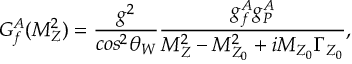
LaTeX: G _ { f } ^ { A } ( M _ { Z } ^ { 2 } ) = \frac { g ^ { 2 } } { c o s ^ { 2 } \theta _ { W } } \frac { g _ { f } ^ { A } g _ { \cal P } ^ { A } } { M _ { Z } ^ { 2 } - M _ { Z _ { 0 } } ^ { 2 } + i M _ { Z _ { 0 } } \Gamma _ { Z _ { 0 } } } ,